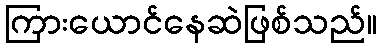
ကြားယောင်နေဆဲဖြစ်သည်။